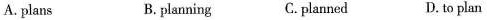
A. plans B. planning C. planned D.to plan